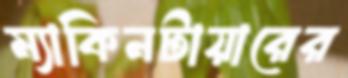
ম্যাকিনটায়ারের